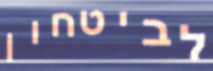
לביטחון